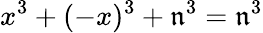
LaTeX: x^{3}+(-x)^{3}+\mathfrak{n}^{3}=\mathfrak{n}^{3}